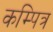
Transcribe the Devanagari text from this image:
कम्पित्र